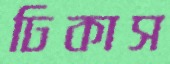
ঢিকাস